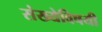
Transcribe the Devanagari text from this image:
संख्येविषयी